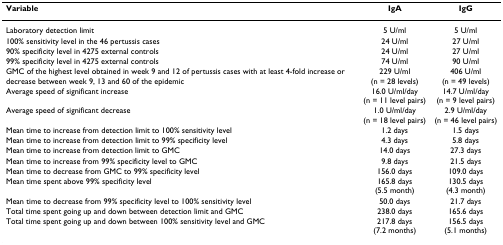
| Variable | IgA | IgG |
 | --- | --- | --- |
 | Laboratory detection limit | 5 U/ml | 5 U/ml |
 | 100% sensitivity level in the 46 pertussis cases | 24 U/ml | 27 U/ml |
 | 90% specificity level in 4275 external controls | 24 U/ml | 27 U/ml |
 | 99% specificity level in 4275 external controls | 74 U/ml | 90 U/ml |
 | GMC of the highest level obtained in week 9 and 12 of pertussis cases with at least 4-fold increase or decrease between week 9, 13 and 60 of the epidemic | 229 U/ml (n = 28 levels) | 406 U/ml (n = 49 levels) |
 | Average speed of significant increase | 16.0 U/ml/day (n = 11 level pairs) | 14.7 U/ml/day (n = 9 level pairs) |
 | Average speed of significant decrease | 1.0 U/ml/day (n = 18 level pairs) | 2.9 U/ml/day (n = 46 level pairs) |
 | Mean time to increase from detection limit to 100% sensitivity level | 1.2 days | 1.5 days |
 | Mean time to increase from detection limit to 99% specificity level | 4.3 days | 5.8 days |
 | Mean time to increase from detection limit to GMC | 14.0 days | 27.3 days |
 | Mean time to increase from 99% specificity level to GMC | 9.8 days | 21.5 days |
 | Mean time to decrease from GMC to 99% specificity level | 156.0 days | 109.0 days |
 | Mean time spent above 99% specificity level | 165.8 days (5.5 month) | 130.5 days (4.3 month) |
 | Mean time to decrease from 99% specificity level to 100% sensitivity level | 50.0 days | 21.7 days |
 | Total time spent going up and down between detection limit and GMC | 238.0 days | 165.6 days |
 | Total time spent going up and down between 100% sensitivity level and GMC | 217.8 days (7.2 months) | 156.5 days (5.1 months) |